Indian journal of veterinary science and animal husbandry - Volume 2,
Year: 1932
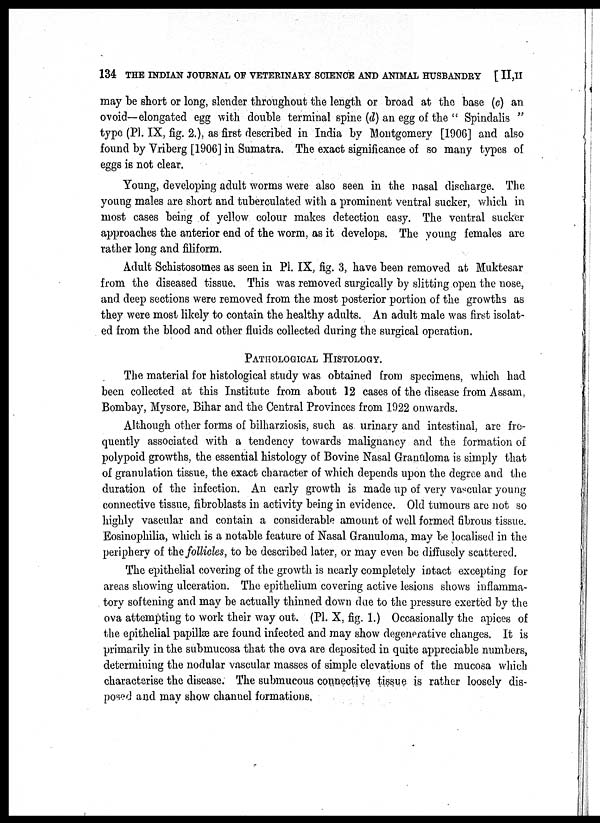
134 THE INDIAN JOURNAL OF VETERINARY SCIENCE AND ANIMAL HUSBANDRY [ II, II
may be short or long, slender throughout the length or broad at the base (c) an
ovoid—elongated egg with double terminal spine (d) an egg of the " Spindalis "
type (Pl. IX, fig. 2.), as first described in India by Montgomery [1906] and also
found by Vriberg [1906] in Sumatra. The exact significance of so many types of
eggs is not clear.
Young, developing adult worms were also seen in the nasal discharge. The
young males are short and tuberculated with a prominent ventral sucker, which in
most cases being of yellow colour makes detection easy. The ventral sucker
approaches the anterior end of the worm, as it develops. The young females are
rather long and filiform.
Adult Schistosomes as seen in Pl. IX, fig. 3, have been removed at Muktesar
from the diseased tissue. This was removed surgically by slitting open the nose,
and deep sections were removed from the most posterior portion of the growths as
they were most likely to contain the healthy adults. An adult male was first isolat-
ed from the blood and other fluids collected during the surgical operation.
PATHOLOGICAL HISTOLOGY.
The material for histological study was obtained from specimens, which had
been collected at this Institute from about 12 cases of the disease from Assam,
Bombay, Mysore, Bihar and the Central Provinces from 1922 onwards.
Although other forms of bilharziosis, such as urinary and intestinal, are fre-
quently associated with a tendency towards malignancy and the formation of
polypoid growths, the essential histology of Bovine Nasal Granuloma is simply that
of granulation tissue, the exact character of which depends upon the degree and the
duration of the infection. An early growth is made up of very vascular young
connective tissue, fibroblasts in activity being in evidence. Old tumours are not so
highly vascular and contain a considerable amount of well formed fibrous tissue.
Eosinophilia, which is a notable feature of Nasal Granuloma, may be localised in the
periphery of the follicles, to be described later, or may even be diffusely scattered.
The epithelial covering of the growth is nearly completely intact excepting for
areas showing ulceration. The epithelium covering active lesions shows inflamma-
tory softening and may be actually thinned down due to the pressure exerted by the
ova attempting to work their way out. (Pl. ×, fig. 1.) Occasionally the apices of
the epithelial papillæ are found infected and may show degenerative changes. It is
primarily in the submucosa that the ova are deposited in quite appreciable numbers,
determining the nodular vascular masses of simple elevations of the mucosa which
characterise the disease. The submucous connective tissue is rather loosely dis-
posed and may show channel formations.